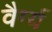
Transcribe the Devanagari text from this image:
वैर्ग्य